Calcutta medical institutions reports 1871-78
Year: 1871
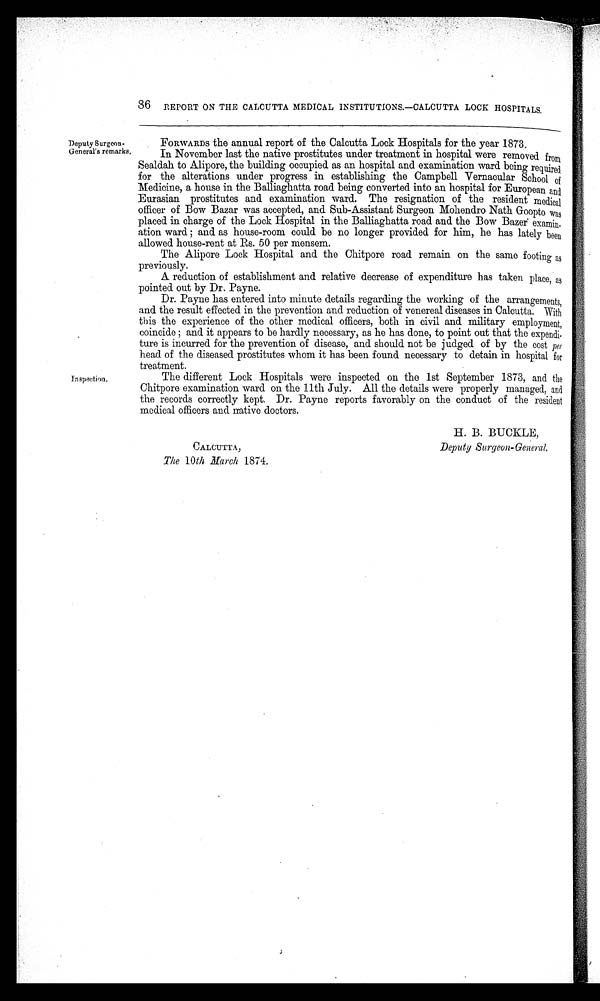
CALCUTTA,
The 10th March 1874.
H. B. BUCKLE,
Deputy Surgeon-General.
86 REPORT ON THE CALCUTTA MEDICAL INSTITUTIONS.—CALCUTTA LOCK HOSPITALS.
Deputy Surgeon-
General's remarks.
Inspection.
FORWARDS the annual report of the Calcutta Lock Hospitals for the year 1873.
In November last the native prostitutes under treatment in hospital were removed from
Sealdah to Alipore, the building occupied as an hospital and examination ward being required
for the alterations under progress in establishing the Campbell Vernacular School of
Medicine, a house in the Balliaghatta road being converted into an hospital for European and
Eurasian prostitutes and examination ward. The resignation of the resident medical
officer of Bow Bazar was accepted, and Sub-Assistant Surgeon Mohendro Nath Goopto was
placed in charge of the Lock Hospital in the Balliaghatta road and the Bow Bazer examin-
ation ward ; and as house-room could be no longer provided for him, he has lately been
allowed house-rent at Rs. 50 per mensem.
The Alipore Lock Hospital and the Chitpore road remain on the same footing as
previously.
A. reduction of establishment and relative decrease of expenditure has taken place, as
pointed out by Dr. Payne.
Dr. Payne has entered into minute details regarding the working of the arrangements,
and the result effected in the prevention and reduction of venereal diseases in Calcutta. With
this the experience of the other medical officers, both in civil and military employment,
coincide; and it appears to be hardly necessary, as he has done, to point out that the expendi-
ture is incurred for the prevention of disease, and should not be judged of by the cost per
head of the diseased prostitutes whom it has been found necessary to detain in hospital for
treatment.
The different Lock Hospitals were inspected on the 1st September 1873, and the
Chitpore examination ward on the 11th July. All the details were properly managed, and
the records correctly kept. Dr. Payne reports favorably on the conduct of the resident
medical officers and native doctors.